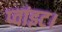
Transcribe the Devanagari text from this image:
प्‍वांइट।